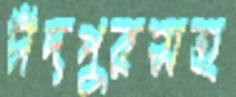
চাঁদপুরসহ